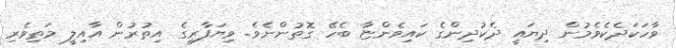
ވާހަކަދެކެވެމުން ދިޔައީ ދެކުދިންގެ ކައިވެންޏާ ބެހޭ ގޮތުންނެވެ. ވިޔަފާރީގެ އިތުރުން އާއިލީ މަތިވެރި